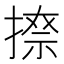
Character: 𫽩